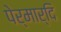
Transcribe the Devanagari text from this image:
पेर्मार्दि